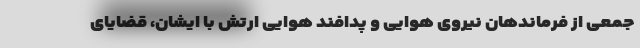
جمعی از فرماندهان نیروی هوایی و پدافند هوایی ارتش با ایشان، قضایای